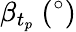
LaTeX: \beta_{t_{p}}\ (^{\circ})